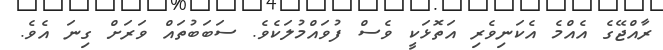
ރާއްޖޭގެ އެއްމެ އެކަނިވެރި އަތޮޅަކީ ވެސް ފުވައްމުލަކެވެ. ސަބަބުތައް ވަރަށް ގިނަ އެވެ.